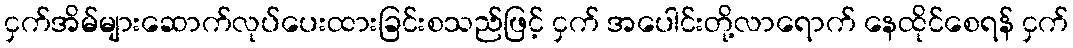
ငှက်အိမ်များဆောက်လုပ်ပေးထားခြင်းစသည်ဖြင့် ငှက် အပေါင်းတို့လာရောက် နေထိုင်စေရန် ငှက်